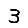
Digit: 3